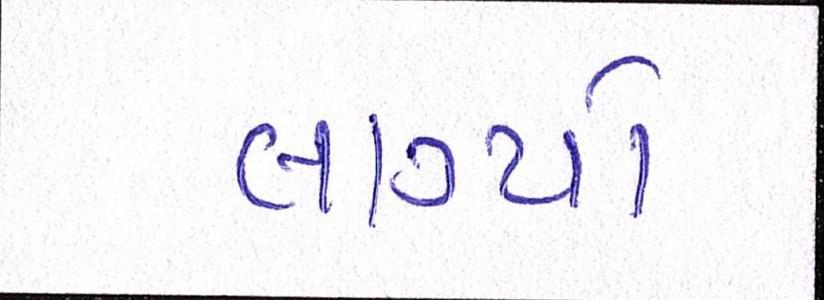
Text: લાગ્યો